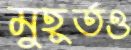
মুহূর্তও